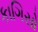
કાગિસો